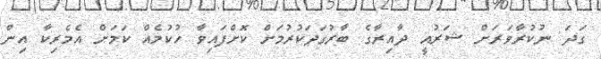
ގަދަ ނުކުރާވަރަށް ޝަރުއީ ދާއިރާގެ ބާރުގަދަކުރުމަށް ކޮށްފައިވާ ހުކުމެއް ކަމަށް އެމެރިކާ އިން